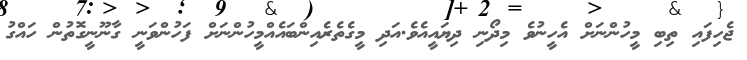
ޖެހިފައި ތިބި މީހުންނަށް އެހީނުވެ މިދޯނި ދިޔައީއެވެ.އަދި މީގެތެރެއިންބައެއްމީހުންނަށް ފަހުންވަނީ ގާނޫނީގޮތުން ހައްގު